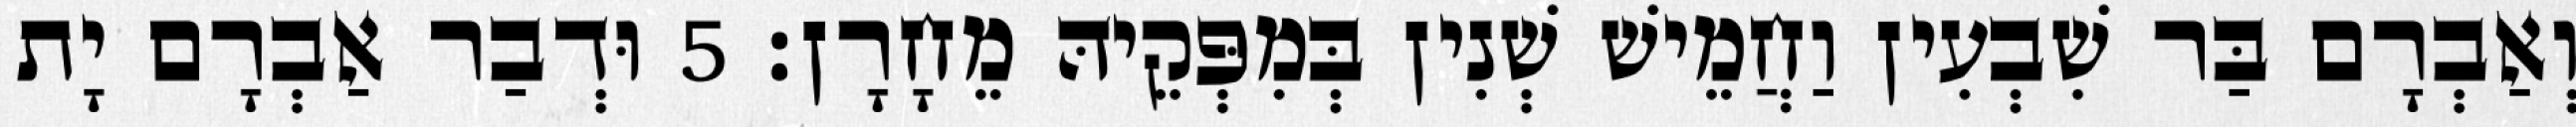
וְאַבְרָם בַּר שִׁבְעִין וַחֲמֵישׁ שְׁנִין בְּמִפְּקֵיהּ מֵחָרָן׃ 5 וּדְבַר אַבְרָם יָת